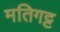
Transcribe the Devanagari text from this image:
मतिगट्ट